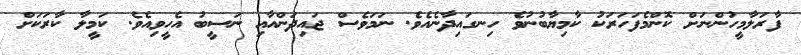
ފާރަލާމީހުންނަށް ކޮންމެފަހަރަކު ކާމިޔާބުނުވެ ހިނގައިދާނެއެވެ. ނަމަވެސް ޖައިދަންއާއި ނަސީބު އެހީވިއެވެ. ކަމީލާ ކާރަކަށް